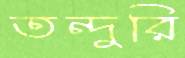
তন্দুরি